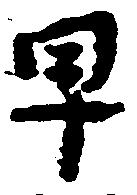
早